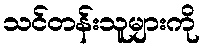
သင်တန်းသူများကို